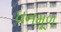
ઘનમૂળ